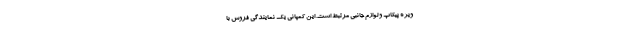
ویژه پیکاپ و لوازم جانبی مرتبط است. این کمپانی یک نمایندگی فروش با